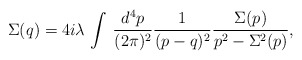
\begin{align*}\Sigma(q)=4i\lambda\,\int\,\frac{d^4p}{(2\pi)^2}\frac{1}{(p-q)^2} \frac{\Sigma(p)}{p^2-\Sigma^2(p)}, \end{align*}